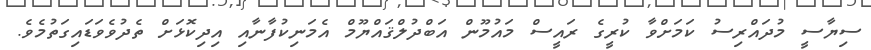
ސިޔާސީ މުދައްރިސު ކަމަށްވާ ކުރީގެ ރައީސް މައުމޫން އަބްދުލްޤައްޔޫމް އެމަނިކުފާނާއި އިދިކޮޅަށް ތެދުވެވަޑައިގަތުމެވެ.